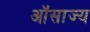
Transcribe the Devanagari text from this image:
ऑसाज्य